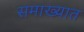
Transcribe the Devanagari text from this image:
समाख्यात